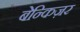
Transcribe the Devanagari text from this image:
बेन्किज़र